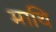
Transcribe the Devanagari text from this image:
माथि